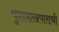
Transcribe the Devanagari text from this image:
फुलपाखपाराची